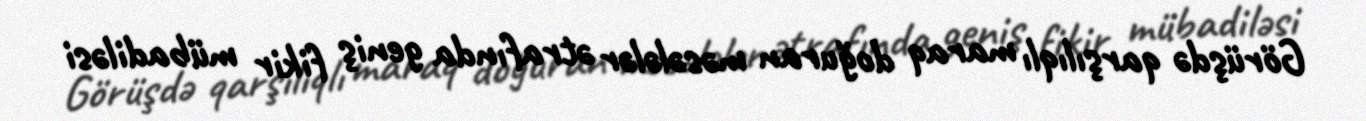
Görüşdə qarşılıqlı maraq doğuran məsələlər ətrafında geniş fikir mübadiləsi